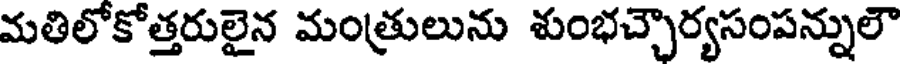
మతిలోకోత్తరులైన మంత్రులును శుంభచ్చౌర్యసంపన్నులౌ